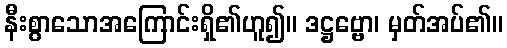
နီးစွာသောအကြောင်းရှိ၏ဟူ၍။ ဒဋ္ဌဗ္ဗော၊ မှတ်အပ်၏။